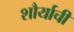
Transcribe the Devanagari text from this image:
शौर्याचीं